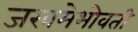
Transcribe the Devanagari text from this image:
जखमेभोवती